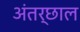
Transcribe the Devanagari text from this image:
अंतर्छाल